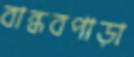
বান্ধবপাড়া